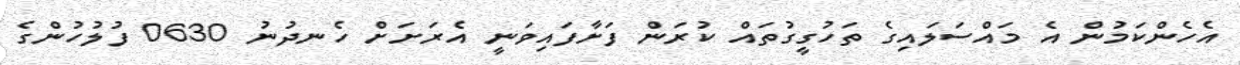
އެހެންކަމުން އެ މައްސަލައިގެ ތަހުގީގުތައް ކުރަން ފަށާފައިވަނީ އެރަށަށް ހެނދުނު 0630 ފުލުހުންގެ